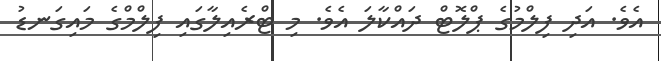
އެވެ. އަދި ފިލްމުގެ ޕްލޮޓް ދައްކާލަ އެވެ. މި ޓްރެއިލާގައި ފިލްމްގެ މައިގަނޑު